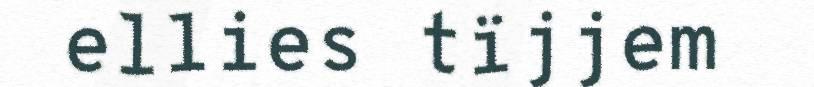
ellies tïjjem